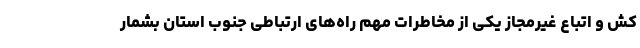
کش و اتباع غیرمجاز یکی از مخاطرات مهم راه‌های ارتباطی جنوب استان بشمار